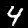
Label: 4